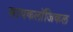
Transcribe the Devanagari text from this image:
सायकलॉजिकल